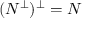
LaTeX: ( N ^ { \bot } ) ^ { \bot } = N